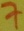
Text: 7